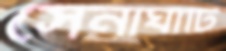
সেনাঘাঁটি